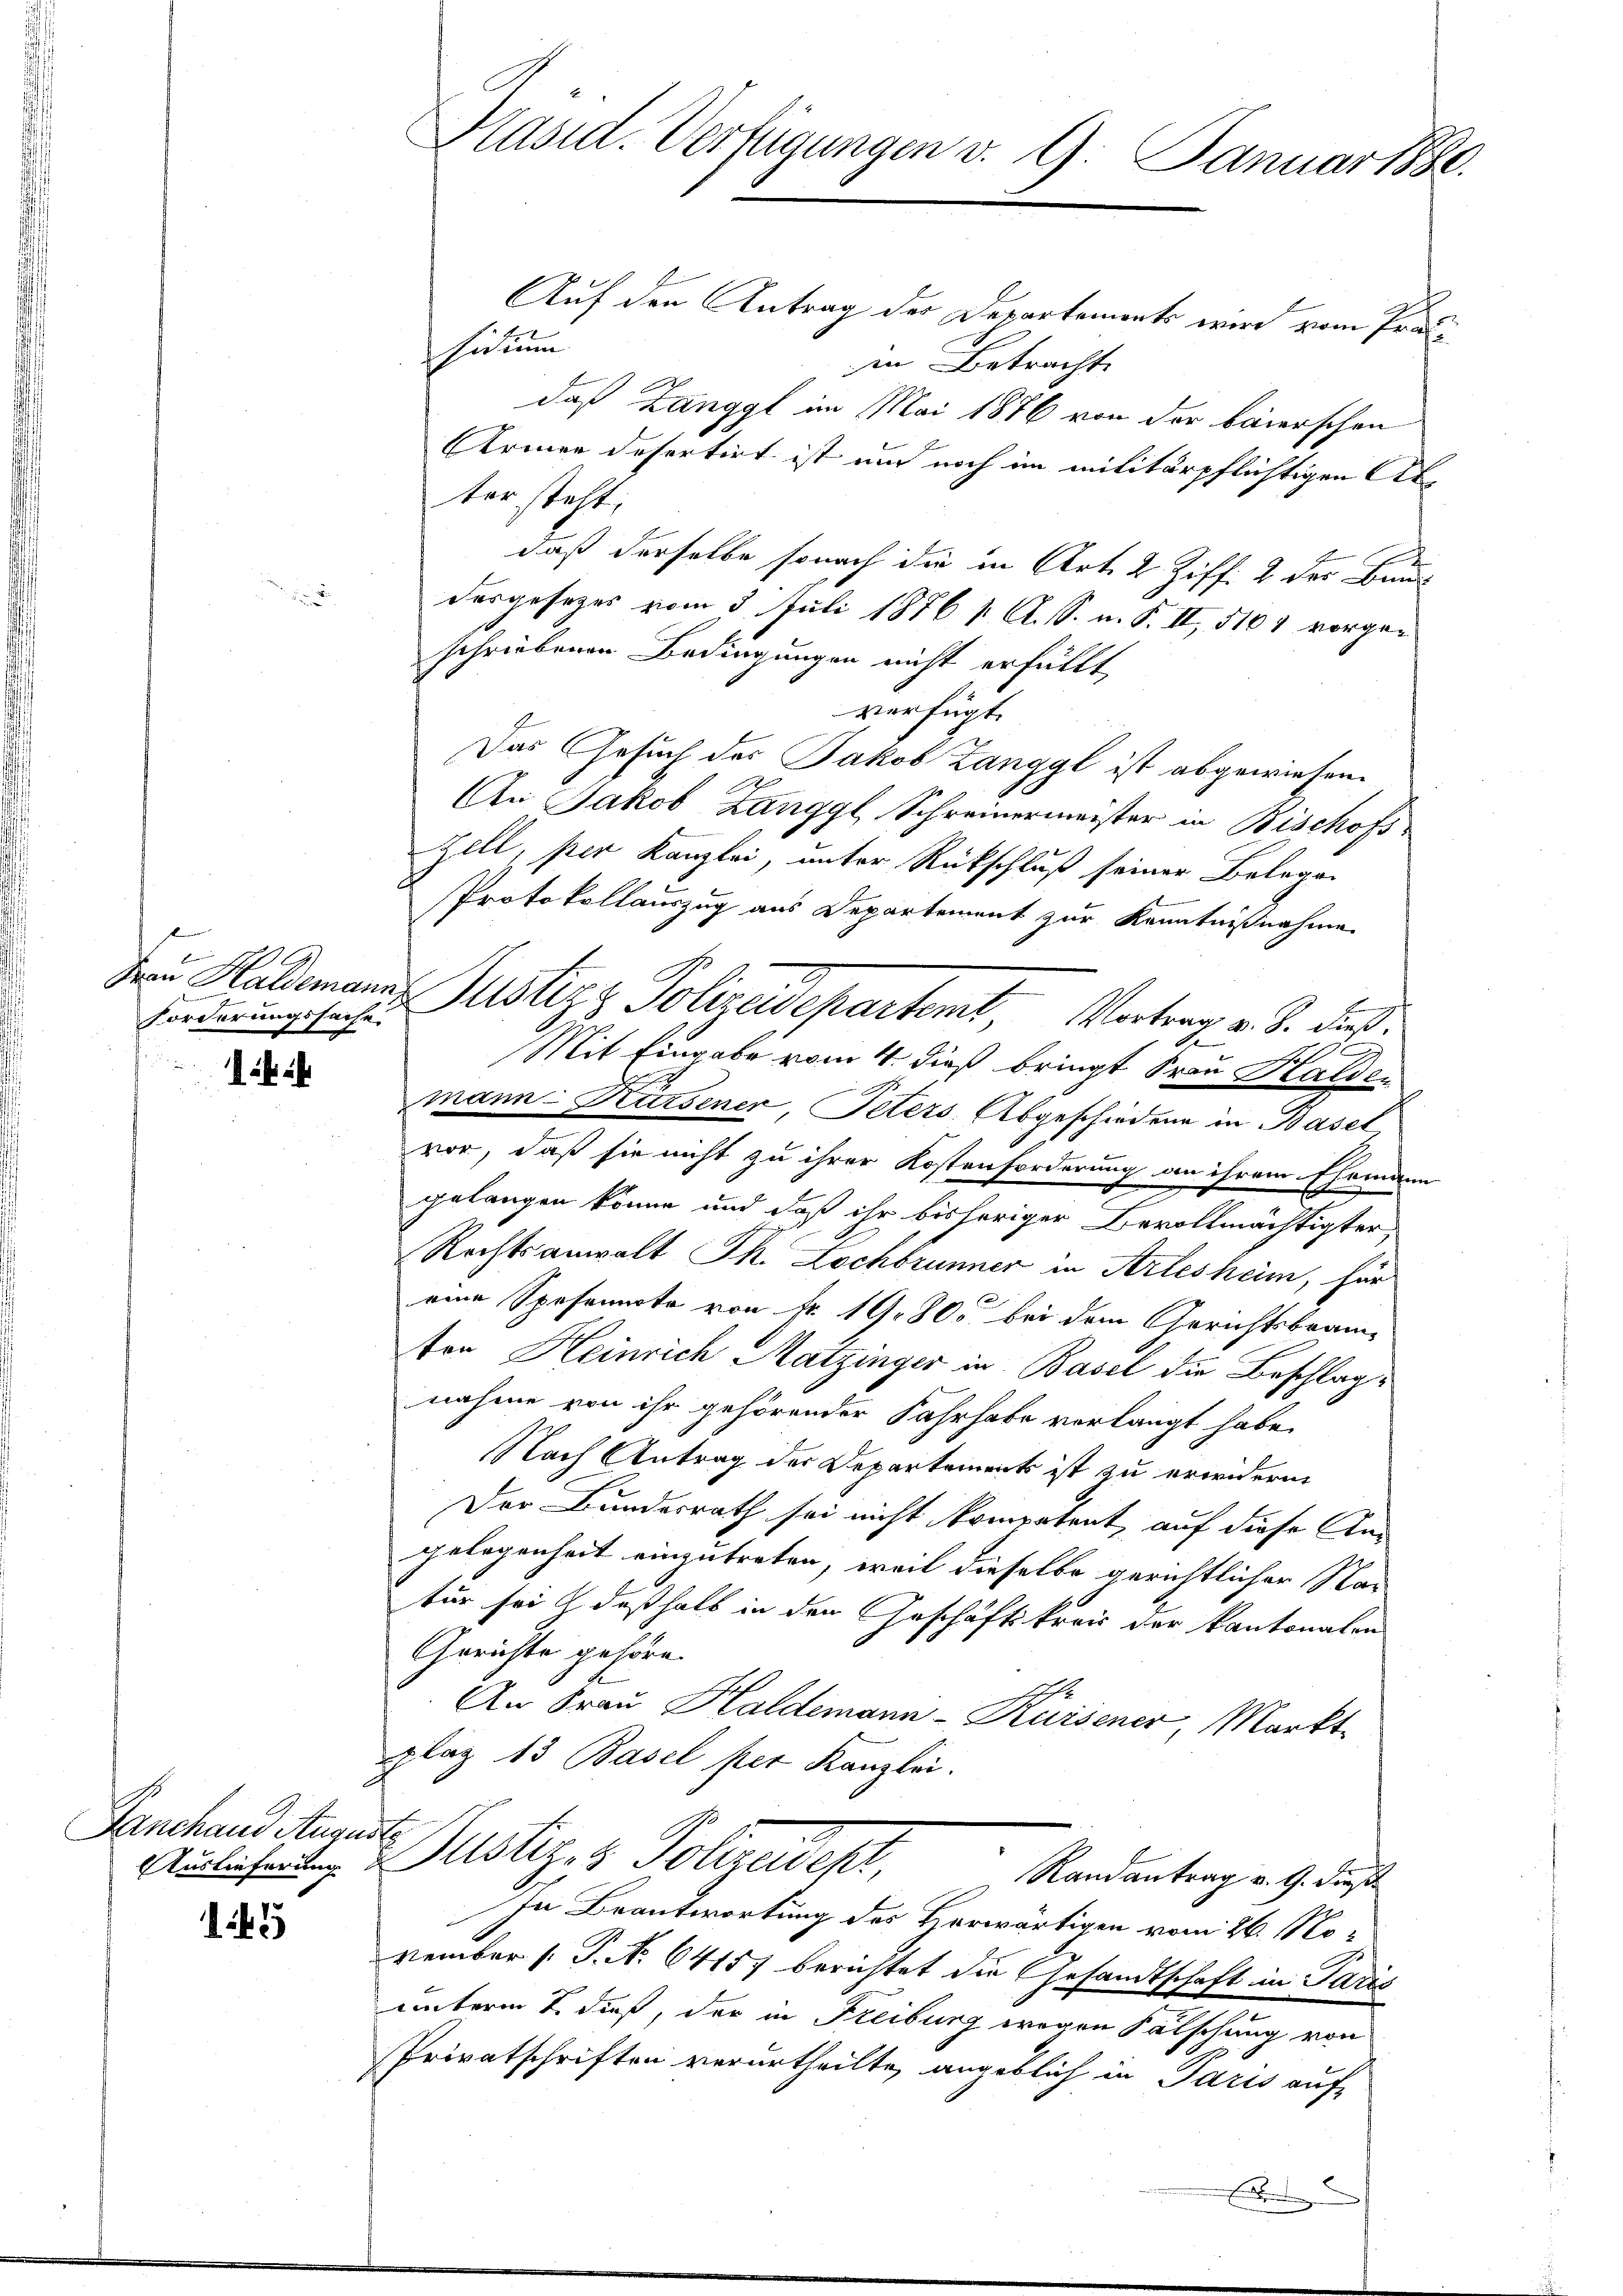
Forderungssache

Janchand Augusts

145

Präsid. Verfügungen v. 9. Januar 1880.

Auf den Antrag der Departements wird vom Präsidium
in Betrachte
daß Zanggl im Mai 1876 von der baierschen
Armen defertirt ist auch noch im militärpflichtigen Atter steht.
daß derselbe sonach die in Art. 2 Ziff. 2 der Baus
desgesezes vom 3. Juli 1876 1. A. S. n. F. II, 5101 vorgeschriebenen Bedingungen nicht erfüllt,
verfügt:
Das Gesuch des Jakob Zanggl ist abgewiesen.
An Jakob Zanggl, Schreinermeister in Bischofs-
Zell, per Kanzlei, unter Rückschluß seiner Belegen
Protokollauszug aus Departement zur Kenntnißnahme
Den Haldemanns Justizz Polizeidepartemet, Vortrag v. J. dieß.
Mit Eingabe vom 4. dieß bringt Frau Halden
mann Küssener, Peters, Abgeschiedene in Basel
vor, daß sie nicht zu ihrer Kostenforderung an ihrem Ehemann
gelangen könne und daß ihr bisheriger Bevollmächtigter,
Rechtsanwalt Th. Lochbrunner in Arlesheim, für
eine Spesennote von Nr. 19. 805 bei dem Gerichtsbeam-
ton Heinrich Matzinger in Basel die Beschlag
nahme von ihr gehörender Fahrhabe vorlangt habe.
Nach Antrag der Departements ist zu erwidern
Der Bundesrath sei nicht kompetent, auf diese Angelegenheit einzutreten, weil dieselbe gerichtlicher Nac
für sei deßhalb in den Geschäftskreis der kantonalen
Gerichte gehöre.
1
An Frau Haldemann-Kursener, Markt-
plaz 13 Basel per Kanzlei.
Aulichenten Justiz- & Polizeidept,
Randantrag v. 9. dies
In Beantwortung des Horwärtigen vom 26. November (: P. N. 64157 berichtet die Gesandtschaft in Paris
unterm 2. dieß, der in Freibung wegen Fälschung von
Privatschriften verurtheilte, angeblich in Paris auf-